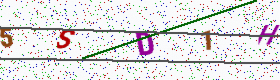
Text: 5SD1H